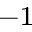
^ { - 1 }